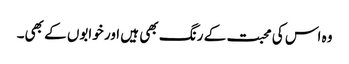
وہ اس کی محبت کے رنگ بھی ہیں اور خوابوں کے بھی۔